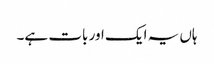
ہاں یہ ایک اور بات ہے۔